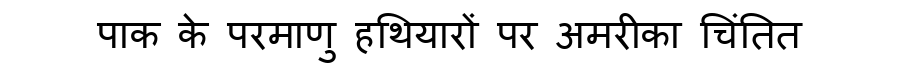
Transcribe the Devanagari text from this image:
पाक के परमाणु हथियारों पर अमरीका चिंतित